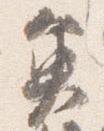
魚